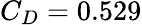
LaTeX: C_{D}=0.529